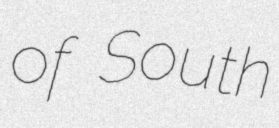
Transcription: of South